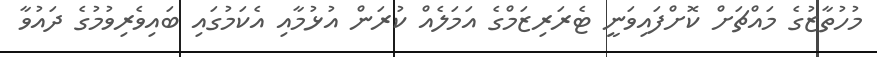
މުހުތާޒުގެ މައްޗަށް ކޮށްފައިވަނީ ޓެރަރިޒަމްގެ އަމަލެއް ކުރަން އުޅުމާއި އެކަމުގައި ބައިވެރިވުމުގެ ދައުވާ